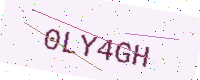
Text: 0LY4GH